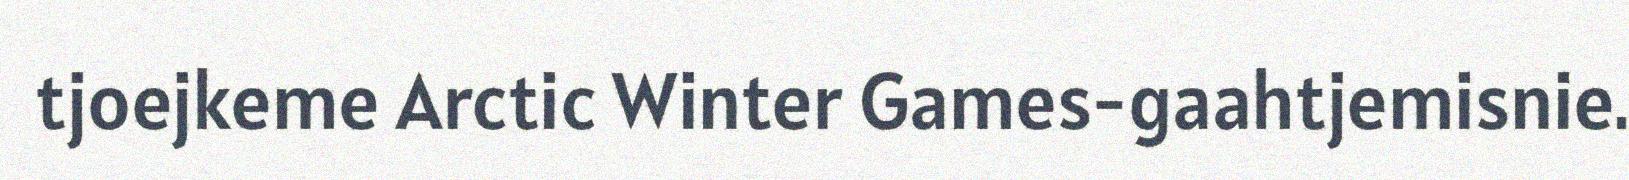
tjoejkeme Arctic Winter Games-gaahtjemisnie.